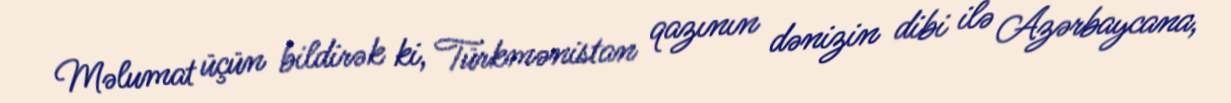
Məlumat üçün bildirək ki, Türkmənistan qazının dənizin dibi ilə Azərbaycana,